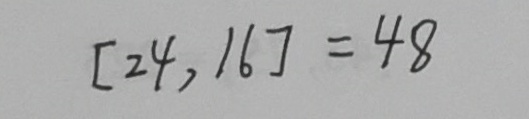
[ 2 4 , 1 6 ] = 4 8